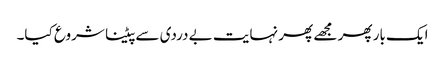
ایک بار پھر مجھے پھر نہایت بے دردی سے پیٹنا شروع کیا۔